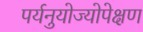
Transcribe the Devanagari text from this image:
पर्यनुयोज्योपेक्षण